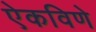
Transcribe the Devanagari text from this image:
ऐकविणे